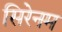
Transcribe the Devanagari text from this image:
सिरेनम